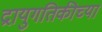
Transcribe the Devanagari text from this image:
द्रायुगतिकीच्या